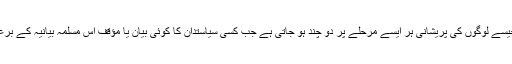
اسی لئے چوہدری نثار علی خان جیسے لوگوں کی پریشانی ہر ایسے مرحلے پر دو چند ہو جاتی ہے جب کسی سیاستدان کا کوئی بیان یا مؤقف اس مسلمہ بیانیہ کے برعکس ہو جو فوج اختیار کرتی ہے۔